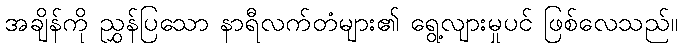
အချိန်ကို ညွှန်ပြသော နာရီလက်တံများ၏ ရွေ့လျားမှုပင် ဖြစ်လေသည်။